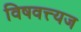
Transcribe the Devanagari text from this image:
विषवत्त्यज